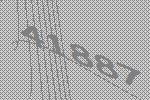
41887